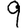
Digit: 9